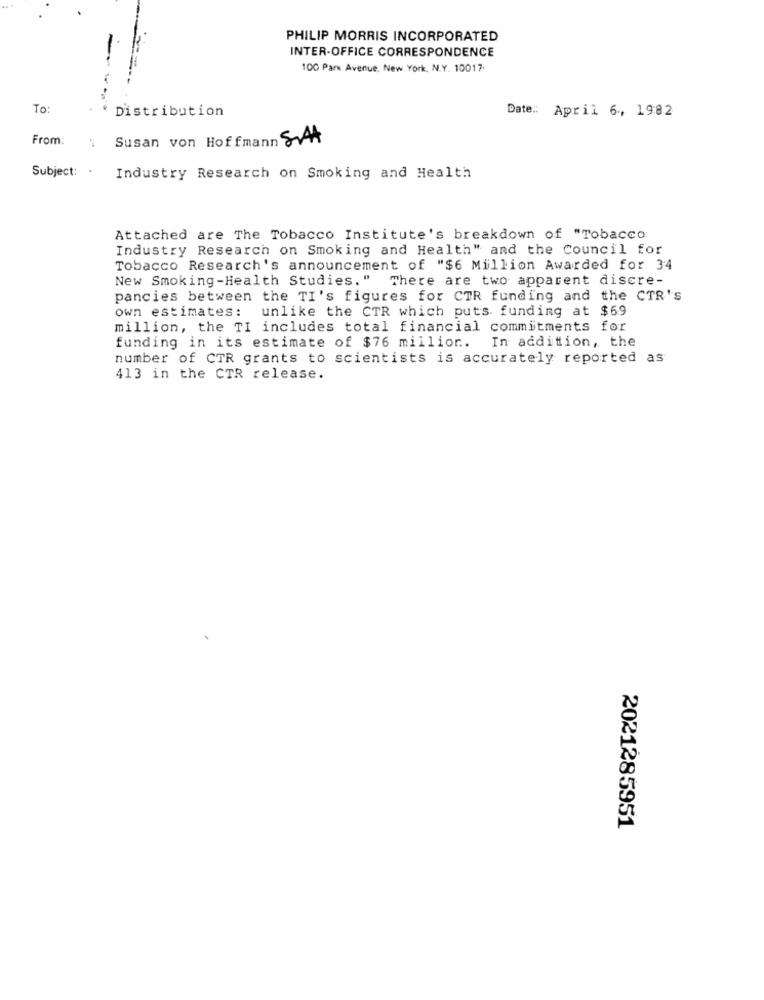
PHILIP MORRIS INCORPORATED
INTER-OFFICE CORRESPONDENCE
100 Park Avenue, New York, N.Y. 10017.
To:
Distribution
Date :: April 6, 1982
From:
Susan von Hoffmann SAA
Subject: .
Industry Research on Smoking and Health
Attached are The Tobacco Institute's breakdown of "Tobacco:
Industry Research on Smoking and Health" and the Council for
Tobacco Research's announcement of "$6 Million Awarded for 34
New Smoking-Health Studies. "
There are two apparent discre-
pancies between the TI's figures for CTR funding and the CTR'S
own estimates: unlike the CTR which puts funding at $69
million, the TI includes total financial commitments for
funding in its estimate of $76 million. In addition, the
number of CTR grants to scientists is accurately reported as
413 in the CTR release.
2021285951